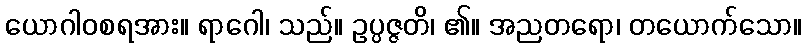
ယောဂါဝစရအား။ ရာဂေါ၊ သည်။ ဥပ္ပဇ္ဇတိ၊ ၏။ အညတရော၊ တယောက်သော။